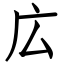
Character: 広